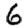
Digit: 6